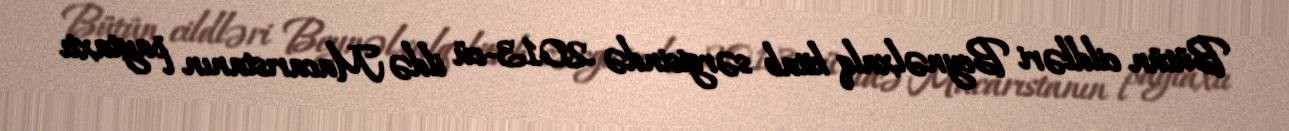
Bütün cildləri Beynəlxalq kitab sərgisində 2013-cü ildə Macarıstanın paytaxtı